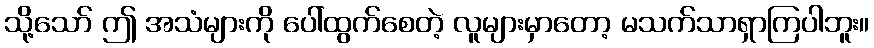
သို့သော် ဤ အသံများကို ပေါ်ထွက်စေတဲ့ လူများမှာတော့ မသက်သာရှာကြပါဘူး။